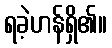
ရခဲ့ဟန်ရှိ၏။